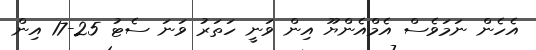
އެހެން ނަމަވެސް އެމްއެންޔޫ އިން ވަނީ ހަތަރު ވަނަ ސެޓު 25-17 އިން